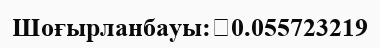
Шоғырланбауы:	0.055723219